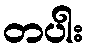
တပါး